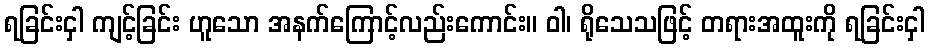
ရခြင်းငှါ ကျင့်ခြင်း ဟူသော အနက်ကြောင့်လည်းကောင်း။ ဝါ၊ ရိုသေသဖြင့် တရားအထူးကို ရခြင်းငှါ